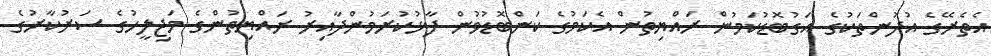
އެތެރޭގެ އުދުންތަކުގެ އަގުބޮޑުކަމުން ރައްޔިތުން އެކަމުގެ ކަންބޮޑުވުން ފާޅުކުރަމުންދާއިރު ރައްޔިތުންގެ މަޖިލީހުގެ ސަރުކާރުގެ